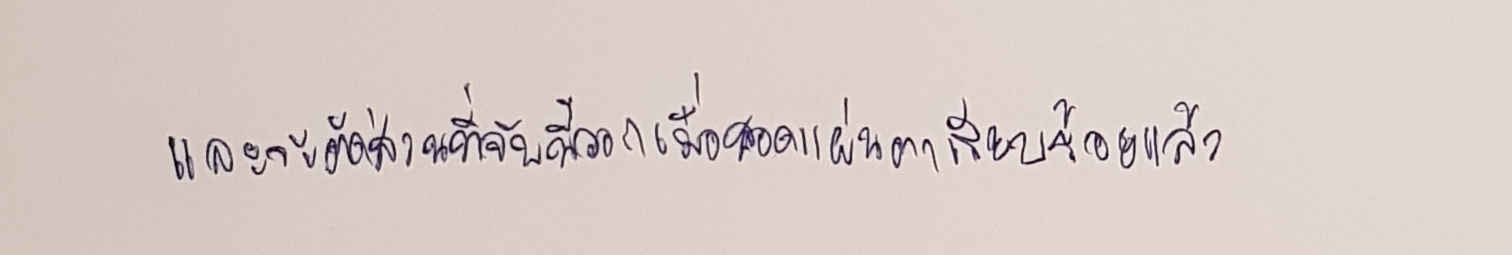
และจะตัดส่วนที่จับนี้ออกเมื่อสอดแผ่นตาเรียบร้อยแล้ว